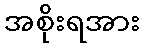
အစိုးရအား